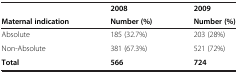
<table><thead><tr><td></td><td><b>2008</b></td><td><b>2009</b></td></tr><tr><td><b>Maternal indication</b></td><td><b>Number (%)</b></td><td><b>Number (%)</b></td></tr></thead><tbody><tr><td>Absolute</td><td>185 (32.7%)</td><td>203 (28%)</td></tr><tr><td>Non-Absolute</td><td>381 (67.3%)</td><td>521 (72%)</td></tr><tr><td><b>Total</b></td><td><b>566</b></td><td><b>724</b></td></tr></tbody></table>